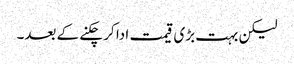
لیکن بہت بڑی قیمت ادا کر چکنے کے بعد۔